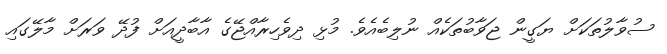
ސުވާލުތަކަށް ޔަގީން ޖަވާބުތަކެއް ނުލިބެއެވެ. މުޅި ދިވެހިރާއްޖޭގެ އާބާދީއަށް ފުދޭ ވަރަށް މާލޭގައި